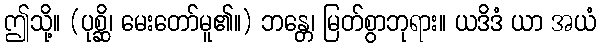
ဤသို့။ (ပုစ္ဆိ၊ မေးတော်မူ၏။) ဘန္တေ၊ မြတ်စွာဘုရား။ ယဒိဒံ ယာ အယံ